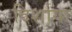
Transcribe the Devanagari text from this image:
दिर्शाया